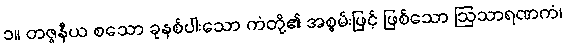
၁။ တဇ္ဇနီယ စသော ခုနစ်ပါးသော ကံတို့၏ အစွမ်းဖြင့် ဖြစ်သော ဩသာရဏကံ၊